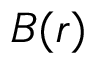
{ \boldsymbol { B } } ( { \boldsymbol { r } } )